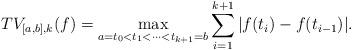
LaTeX: \begin{align*}TV_{[a,b],k}(f)=\max_{a=t_{0}<t_{1}<\cdots<t_{k+1}=b}\sum_{i=1}^{k+1}|f(t_{i})-f(t_{i-1})|.\end{align*}